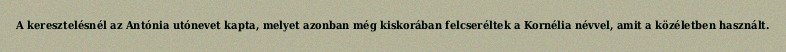
A keresztelésnél az Antónia utónevet kapta, melyet azonban még kiskorában felcseréltek a Kornélia névvel, amit a közéletben használt.